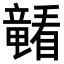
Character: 𪿁